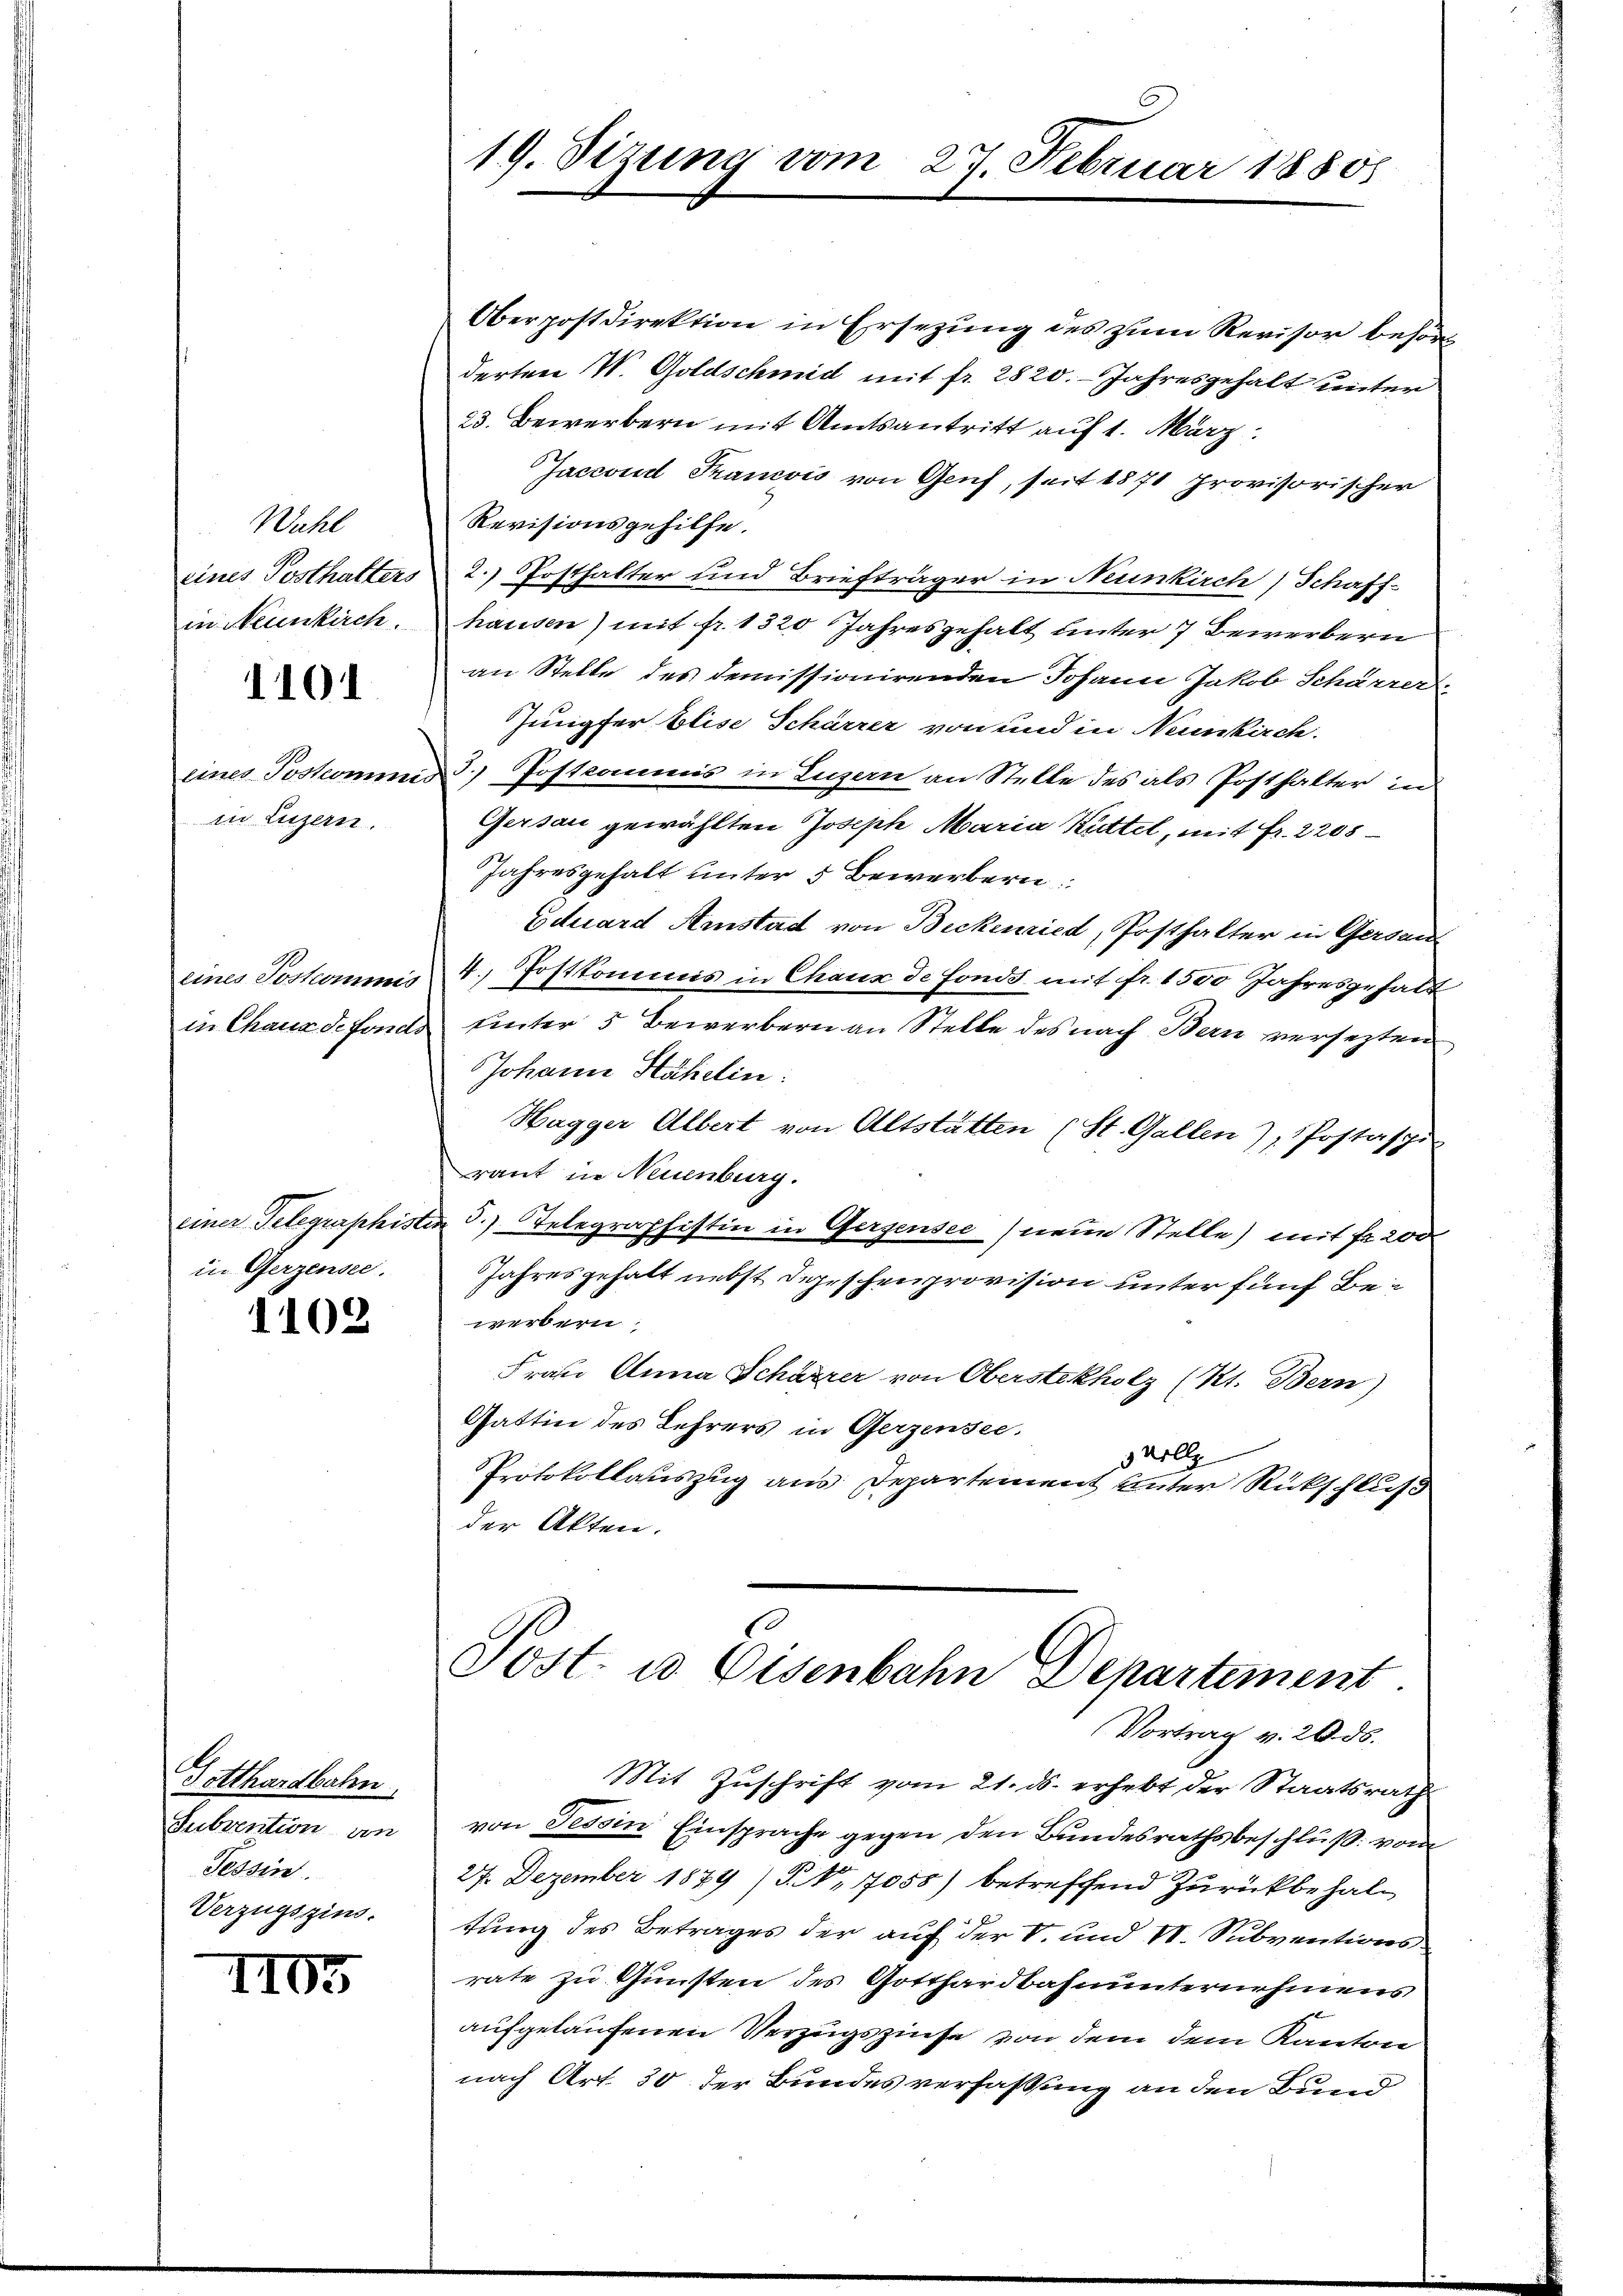
Wahl
eines Posthalters
in Neunkirch

1101

in Luzern.

in Gerzensee.

1102

Gotthardbahn
Subvention an
Tessin.
Verzugszins.

1103

19. Sizung vom 27. Februar 18808

Oberpostdirektion in Ersezung des zum Revisor behörderten V. Goldschmid mit fr. 2820. Jahresgehalt unter
23. Bewerbern mit Amtsantritt auf 1. März
Jaceond Francois von Genf, seit 1871 provisorischer
Revisionsgehilfe.
2. Posthalter und Briefträger in Neunkirch Schaff-
hausen) mit fr. 1320 Jahresgehalt unter 7 Bewerbern
an Stelle des demissionirenden Johann Jakob Schärrer
Jungfer Elise Schärrer von und in Neunkirch.
eines Postcommnis) Postcommis in Luzern an Stelle des als Posthalter in
Gersau gewählten Joseph Maria Kittel, mit Fr. 2208
Jahresgehalt unter 3 Bewerbern
Eduard Ainstad von Bickenried, Posthalter in Gersan
eines Joskommis 4. Postkommis in Chaux de fonds. mit fr. 1550 Jahresgehalt
in Chaus defonds unter 5 Bewerbern an Stelle des nach Bern versezten
Johann Häfelin:
Hagger Albert von Altstätten (St. Gallen Postaspi
raut in Neuenburg.
einer Telegraphisten 3.) Telegraphistin in Gergensee) neue Stelle) mit fr. 200
Jahresgehalt nebst Depeschenprovision unter fünf Bei
werbern
Frau Anna Schärrer von Oberstekholz (Kt. Bern)
Gattin des Lehrers in Gerzensee.
 Vollz
Protokollauszug aus Departement unter Rückschluß
der Akten.

s
Post. in Eisenbahn Departement
Vortrag v. 20. ds.

Mit Zuschrift vom 21. ds. erhebt der Staatsrath
von Tessin Einsprache gegen den Bundesrathsbeschluß von
27. Dezember 1879) S. 7055) betreffend Zurückbehaltung des Betrages der auf der V. und VI. Subventions
rate zu Gunsten des Gotthardbahnunternehmens
aufgelaufenen Verzugszinse von dem dem Kanton
nach Art. 30 der Bundes verfassung an den Bund